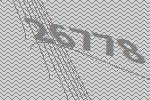
26778